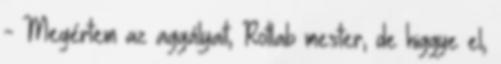
- Megértem az aggályait, Rotlab mester, de higgye el,